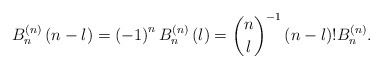
\begin{align*}B_{n}^{\left( n\right) }\left( n-l\right) =\left( -1\right) ^{n}B_{n}^{\left( n\right) }\left( l\right) =\binom{n}{l}^{-1}\left(n-l\right) !B_{n}^{\left( n\right) }.\end{align*}